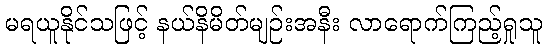
မရယူနိုင်သဖြင့် နယ်နိမိတ်မျဉ်းအနီး လာရောက်ကြည့်ရှုသူ